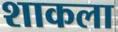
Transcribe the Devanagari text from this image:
शाकला